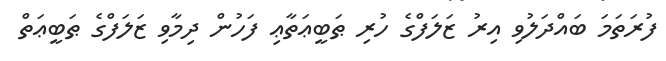
ފުރަތަމަ ބައްދަލުވި އިރު ޒަލަފްގެ ހުރި ޠަބީޢަތާޢި ފަހުން ދިމާވި ޒަލަފްގެ ޠަބީޢަތް